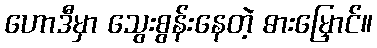
ဟောဒီမှာ သွေးစွန်းနေတဲ့ ဓားမြှောင်။